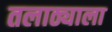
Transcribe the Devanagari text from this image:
तलाठ्याला